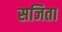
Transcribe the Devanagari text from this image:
सजिता